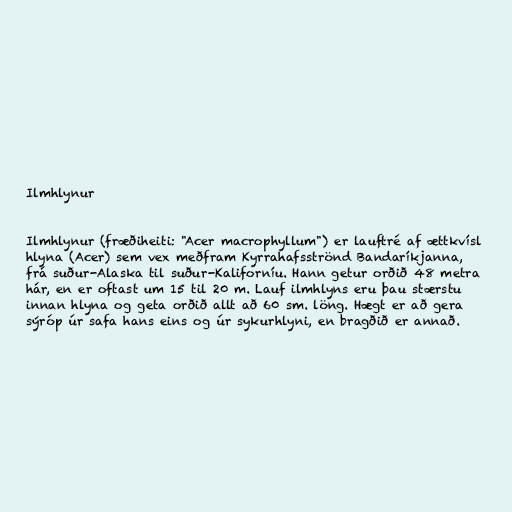
Ilmhlynur

Ilmhlynur (fræðiheiti: "Acer macrophyllum") er lauftré af ættkvísl
hlyna (Acer) sem vex meðfram Kyrrahafsströnd Bandaríkjanna,
frá suður-Alaska til suður-Kaliforníu. Hann getur orðið 48 metra
hár, en er oftast um 15 til 20 m. Lauf ilmhlyns eru þau stærstu
innan hlyna og geta orðið allt að 60 sm. löng. Hægt er að gera
sýróp úr safa hans eins og úr sykurhlyni, en bragðið er annað.